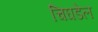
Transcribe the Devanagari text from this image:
चिघडेल